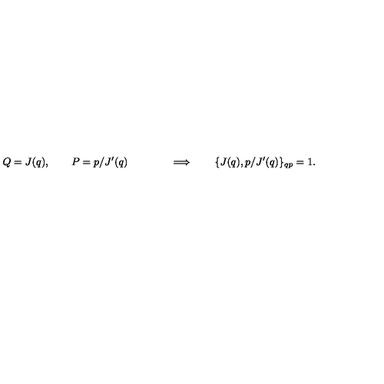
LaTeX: Q = J ( q ) , \qquad P = p / J ^ { \prime } ( q ) \qquad \qquad \Longrightarrow \qquad \{ J ( q ) , p / J ^ { \prime } ( q ) \} _ { q p } = 1 .